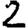
Digit: 2